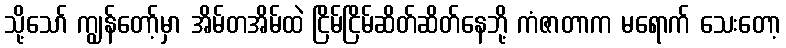
သို့သော် ကျွန်တော့်မှာ အိမ်တအိမ်ထဲ ငြိမ်ငြိမ်ဆိတ်ဆိတ်နေဘို့ ကံဇာတာက မရောက် သေးတော့